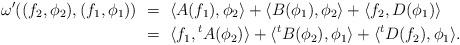
LaTeX: \begin{align*}\omega' ( ( f_2 , \phi_2 ) , (f_1 , \phi_1 ) ) \ &= \ \langle A(f_1) , \phi_2 \rangle + \langle B(\phi_1) , \phi_2 \rangle + \langle f_2 , D(\phi_1) \rangle \\ &= \ \langle f_1 , {^tA}(\phi_2) \rangle + \langle {^tB}(\phi_2) , \phi_1 \rangle + \langle {^tD}(f_2) , \phi_1 \rangle . \end{align*}